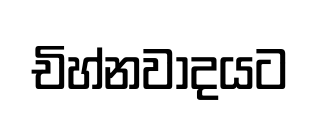
චිහ්නවාදයට